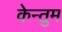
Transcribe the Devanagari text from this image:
केन्तुम